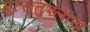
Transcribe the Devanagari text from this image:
मुत्सतुश्लाख